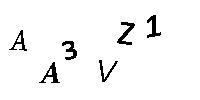
AA3VZ1